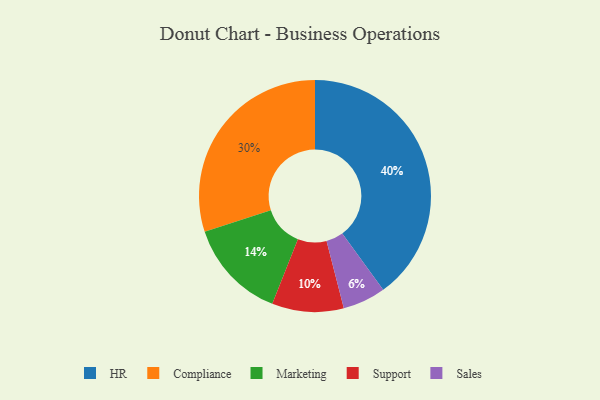
{"axis": {"x": "Category", "y": "Percentage"}, "legend": ["Compliance", "HR", "Marketing", "Sales", "Support"], "data": [{"x": "Sales", "y": 6, "type": "Sales"}, {"x": "HR", "y": 40, "type": "HR"}, {"x": "Support", "y": 10, "type": "Support"}, {"x": "Marketing", "y": 14, "type": "Marketing"}, {"x": "Compliance", "y": 30, "type": "Compliance"}]}